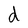
Character: d